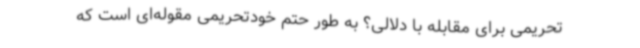
تحریمی برای مقابله با دلالی؟ به طور حتم خودتحریمی مقوله‌ای است که